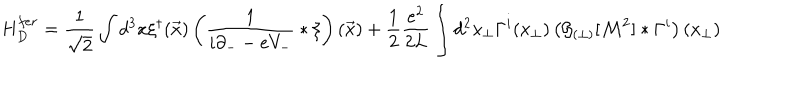
H _ { D } ^ { f e r } = \frac { 1 } { \sqrt { 2 } } \int d ^ { 3 } x \xi ^ { \dagger } ( \vec { x } ) \left( \frac { 1 } { i \partial _ { - } - e V _ { - } } \ast \xi \right) ( \vec { x } ) + \frac 1 2 \frac { e ^ { 2 } } { 2 L } \int d ^ { 2 } x _ { \perp } \Gamma ^ { i } ( x _ { \perp } ) \left( { \cal G } _ { ( \perp ) } [ { \cal M } ^ { 2 } ] \ast \Gamma ^ { i } \right) ( x _ { \perp } )